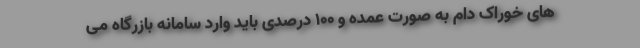
های خوراک دام به صورت عمده و ۱۰۰ درصدی باید وارد سامانه بازرگاه می